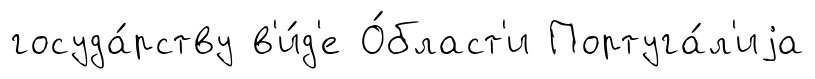
госуда́рству в'и́д'е О́бласт'и Португа́л'иjа